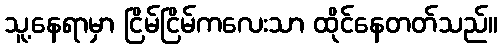
သူ့နေရာမှာ ငြိမ်ငြိမ်ကလေးသာ ထိုင်နေတတ်သည်။